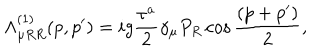
LaTeX: \Lambda _ { \mu R R } ^ { ( 1 ) } ( p , p ^ { \prime } ) = i g { \frac { \tau ^ { a } } { 2 } } \gamma _ { \mu } P _ { R } \cos { \frac { ( p + p ^ { \prime } ) } { 2 } } ,